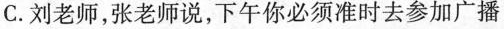
C.刘老师，张老师说，下午你必须准时去参加广播